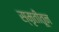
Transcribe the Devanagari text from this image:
स्मृतीतून